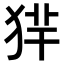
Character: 𤞢